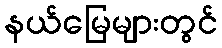
နယ်မြေများတွင်